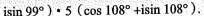
isin99°)·5(cos108°+isin108°)。